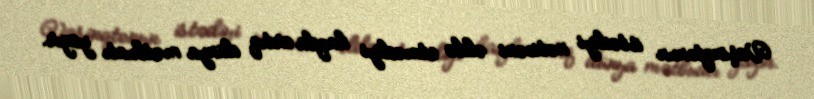
Vaşinqtonun istədiyi nəticəni əldə etmədiyi haqda artıq dünya mətbuatı yazır.